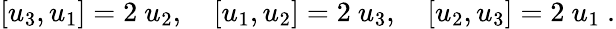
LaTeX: \left[u_{3},u_{1}\right]=2\ u_{2},\quad\left[u_{1},u_{2}\right]=2\ u_{3},\quad\left[u_{2},u_{3}\right]=2\ u_{1}~.